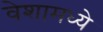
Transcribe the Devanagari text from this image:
वेशामध्ये